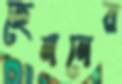
হেলনের